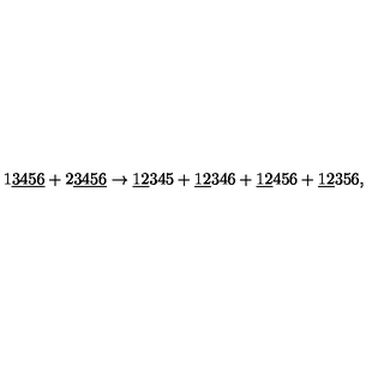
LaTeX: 1 \underline { { 3 4 5 6 } } + 2 \underline { { 3 4 5 6 } } \rightarrow \underline { { 1 2 } } 3 4 5 + \underline { { 1 2 } } 3 4 6 + \underline { { 1 2 } } 4 5 6 + \underline { { 1 2 } } 3 5 6 ,